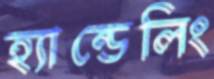
হ্যান্ডেলিং